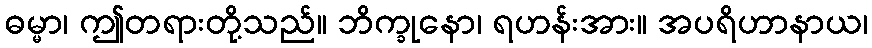
ဓမ္မာ၊ ဤတရားတို့သည်။ ဘိက္ခုနော၊ ရဟန်းအား။ အပရိဟာနာယ၊